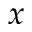
x